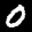
Label: 0